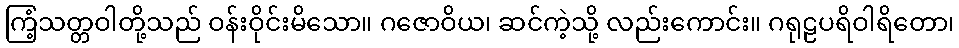
ကြံ့သတ္တဝါတို့သည် ဝန်းဝိုင်းမိသော။ ဂဇောဝိယ၊ ဆင်ကဲ့သို့ လည်းကောင်း။ ဂရုဠပရိဝါရိတော၊